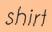
shirt